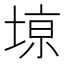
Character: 𫮎